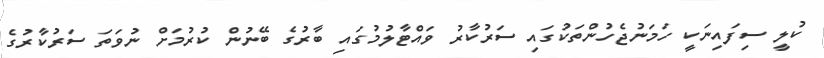
ކުލީ ސިފައިނަކީ ހަމަނުޖެހުންތަކުގައި ސަރުކާރު ވައްޓާލުމުގައި ބާރުގެ ބޭނުން ކުރުމަށް ނުވަތަ ސަރުކާރުގެ